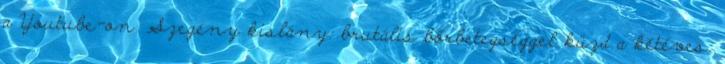
a Youtube-on. Szegény kislány: brutális bőrbetegséggel küzd a kétéves,